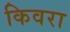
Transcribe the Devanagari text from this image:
किवरा